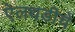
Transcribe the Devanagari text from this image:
ऐलथडीचे